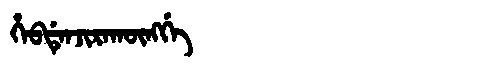
Manchu: ᡥᡝᠪᡩᡝᠨᠵᡳᡵᠠᡴᡡᠩᡤᡝ
Romanization: HEBDENJIRAKŪNGGE